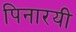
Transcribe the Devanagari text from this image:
पिनारयी